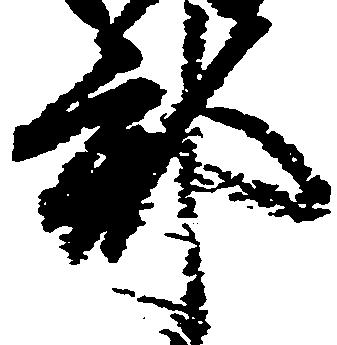
郡